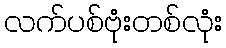
လက်ပစ်ဗုံးတစ်လုံး